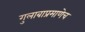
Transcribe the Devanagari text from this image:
गुलाबाप्रमाणेच